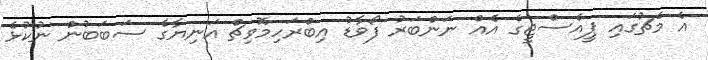
އެ މެޗުގައި ޕީއެސްޖީގެ އެއް ނަންބަރު ފޯވާޑު އިބްރަހިމޮވިޗް އަނިޔާގެ ސަބަބުން ނުކުޅެ